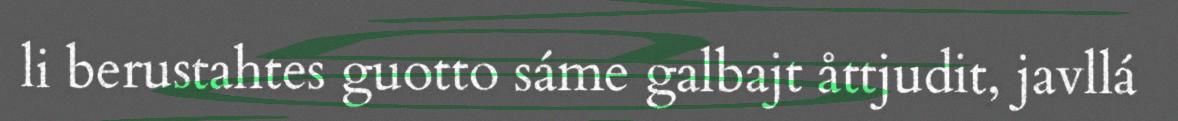
li berustahtes guotto sáme galbajt åttjudit, javllá